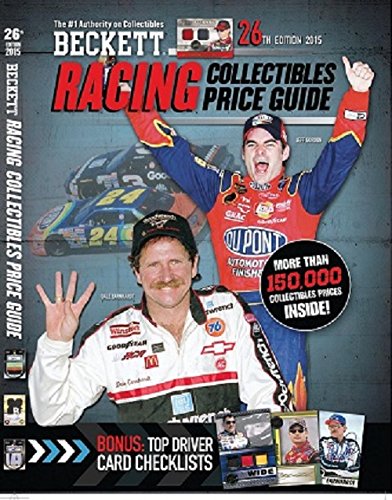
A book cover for Beckett Racing Collectibles Price Guide No. 26; Crafts, Hobbies & Home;